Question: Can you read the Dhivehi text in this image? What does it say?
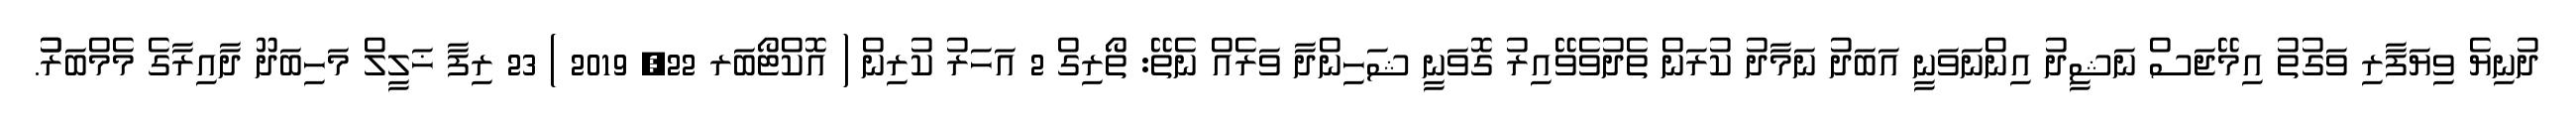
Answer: ދުނިޔެ ވިޔަފާރި ވަގުތު އިމޭޖަސް ނަޝީދު އިންނަވަނީ އަބަދު ނަމާދު ކުރަން ތެދުވެވޭއިރު ގޮވަނީ ޝަހިންދާ ވަރެއް ނެތޭ: ތޯރިގް 2 އަހަރު ކުރިން ( އޮކްޓޯބަރ 22, 2019 ) 23 ރިފާ ޚަލީލް މަހިބަދޫ ދާއިރާގެ މެމްބަރުު.